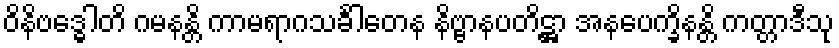
ဝိနိဗဒ္ဓေါတိ ဂမနန္တိ ကာမရာဂသင်္ခါတေန နိဗ္ဗာနပတိဋ္ဌာ အနပေက္ခိနန္တိ ကတ္တာဒီသု